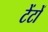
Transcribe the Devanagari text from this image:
टेंटों